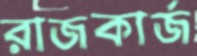
রাজকার্জ